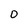
Character: 0